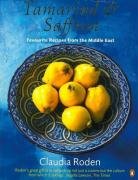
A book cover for Tamarind and Saffron: Favourite Recipes From The Middle East (Penguin Cookery Library); Claudia Roden; Cookbooks, Food & Wine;